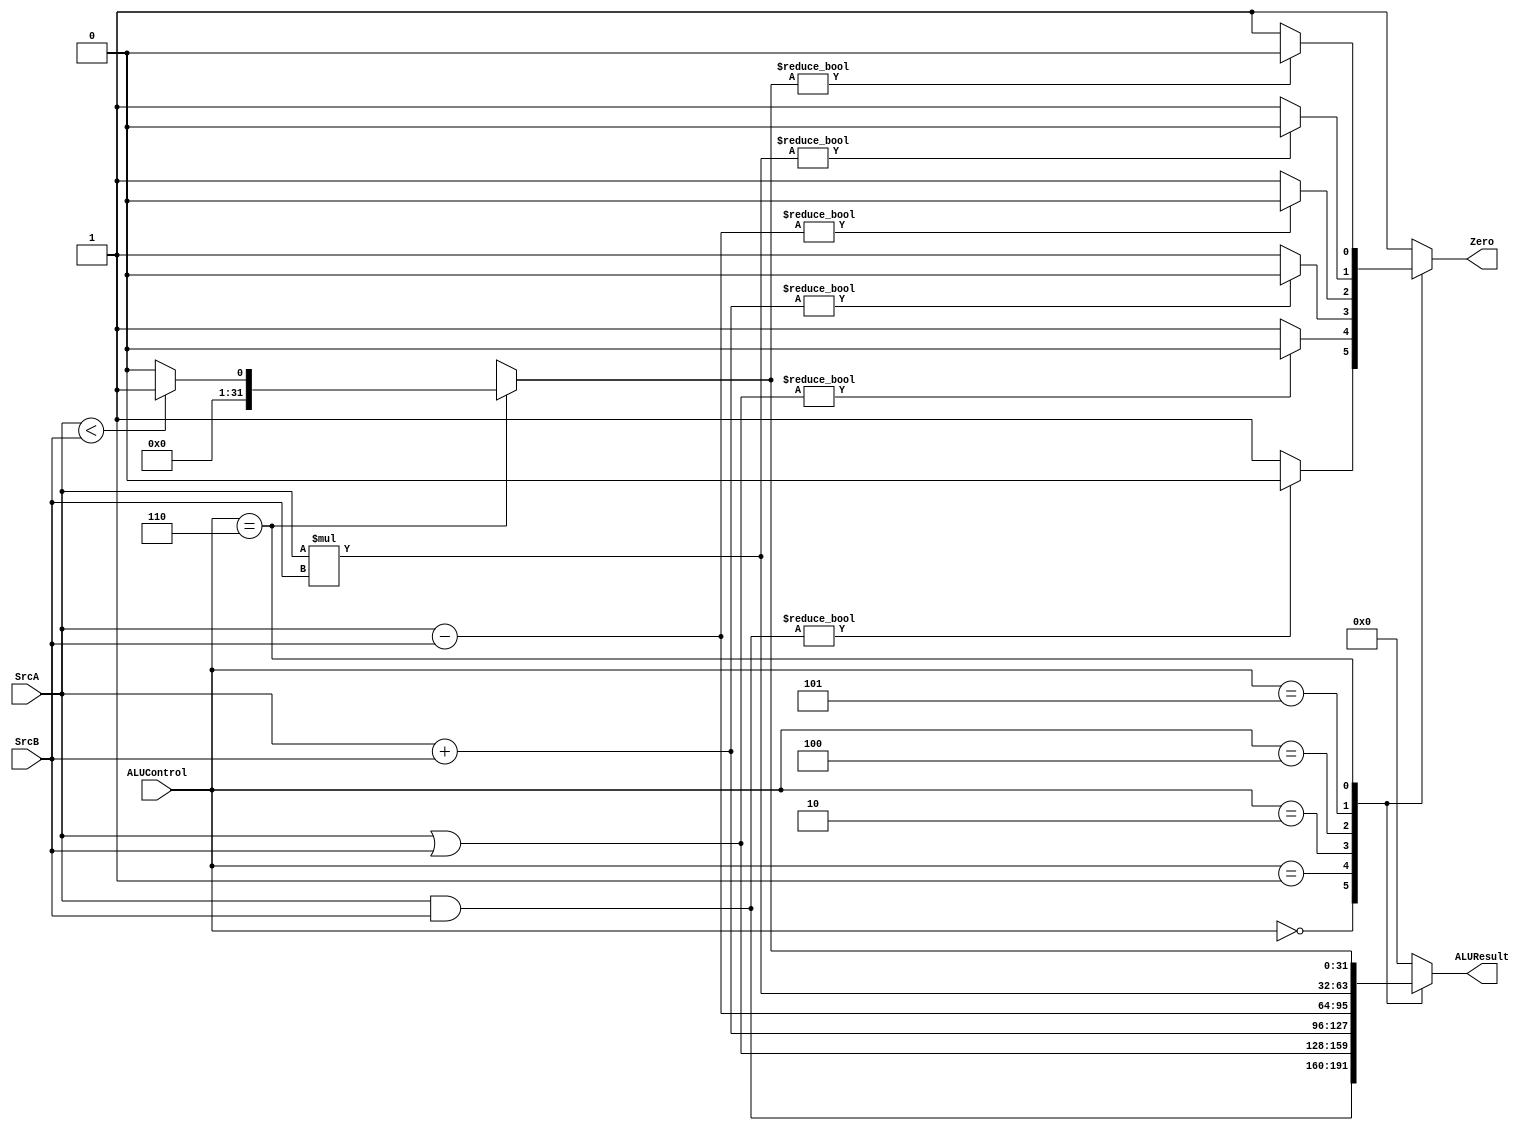
module ALU #(
  parameter N_bit=32
) (
  input [N_bit-1 : 0] SrcA,SrcB,
  input [2:0] ALUControl,
  output reg [N_bit-1 : 0] ALUResult,
  output reg Zero

);
reg [2*N_bit-1 : 0] mult;
always @(*) begin
  ALUResult='b0;
  mult='b0;
  Zero='b1;
  case (ALUControl)
    3'b000:begin
      ALUResult= SrcA & SrcB;
      if (ALUResult) begin
        Zero = 0 ;
      end else begin
        Zero=1 ;
      end
    end
    3'b001:begin
      ALUResult= SrcA | SrcB;
      if (ALUResult) begin
        Zero = 0 ;
      end else begin
        Zero=1 ;
      end
    end
    3'b010:begin
      ALUResult= SrcA + SrcB;
      if (ALUResult) begin
        Zero = 0 ;
      end else begin
        Zero=1 ;
      end
    end
    3'b100:begin
      ALUResult= SrcA - SrcB;
      if (ALUResult) begin
        Zero = 0 ;
      end else begin
        Zero=1 ;
      end
    end
    3'b101:begin
      mult= SrcA * SrcB;
      ALUResult=mult[N_bit-1 : 0];
      if (ALUResult) begin
        Zero = 0 ;
      end else begin
        Zero=1 ;
      end
    end
    3'b110:begin
      if (SrcA<SrcB) begin
        ALUResult='d1;
      end else begin
        ALUResult='b0;
      end
      
      if (ALUResult) begin
        Zero = 0 ;
      end else begin
        Zero=1 ;
      end
    end
    default: begin 
      ALUResult='b0;
      Zero=1; 
    end
  endcase
end
  
endmodule